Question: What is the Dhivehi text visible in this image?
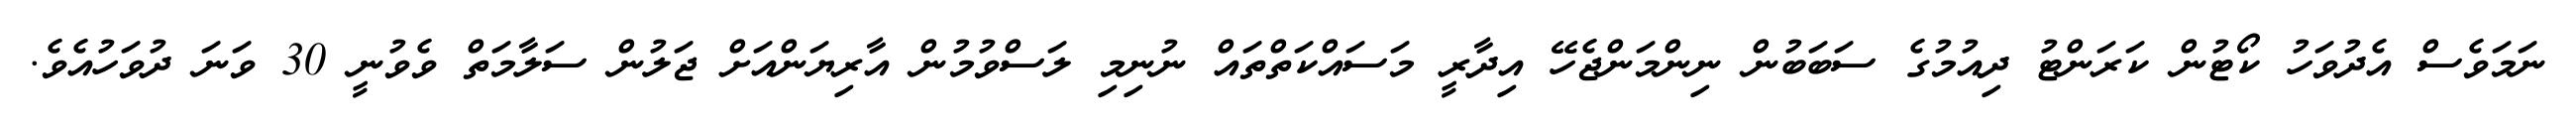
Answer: ނަމަވެސް އެދުވަހު ކޯޓުން ކަރަންޓު ދިއުމުގެ ސަބަބުން ނިންމަންޖެހޭ އިދާރީ މަސައްކަތްތައް ނުނިމި ލަސްވުމުން އާރިޔަންއަށް ޖަލުން ސަލާމަތް ވެވުނީ 30 ވަނަ ދުވަހުއެވެ.